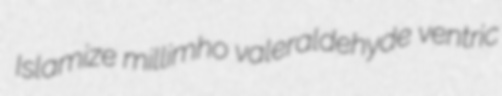
Islamize millimho valeraldehyde ventric